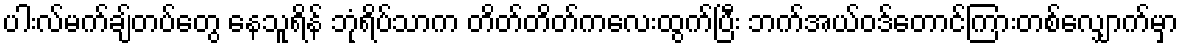
ပါးလ်မက်ချ်တပ်တွေ နေသူရိန် ဘုံရိပ်သာက တိတ်တိတ်ကလေးထွက်ပြီး ဘက်အယ်ဝဒ်တောင်ကြားတစ်လျှောက်မှာ